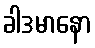
ခါဒမာနော